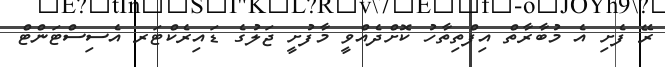
ރޭ ފެށި އެ މުބާރާތް އިފްތިތާހު ކޮށްދެއްވީ މާފުށީ ޖަލުގެ ޑައިރެކްޓަރ އެސިސްޓަންޓް